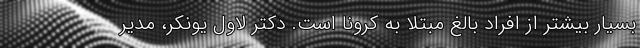
بسیار بیشتر از افراد بالغ مبتلا به کرونا است. دکتر لاول یونکر، مدیر